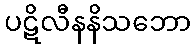
ပဋိလီနနိသဘော